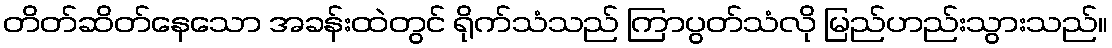
တိတ်ဆိတ်နေသော အခန်းထဲတွင် ရိုက်သံသည် ကြာပွတ်သံလို မြည်ဟည်းသွားသည်။